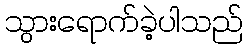
သွားရောက်ခဲ့ပါသည်